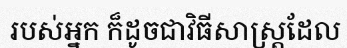
របស់អ្នក ក៏ដូចជាវិធីសាស្ត្រដែល